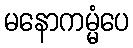
မနောကမ္မံပေ